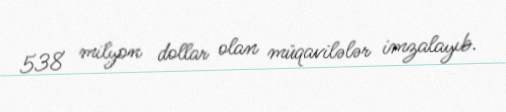
538 milyon dollar olan müqavilələr imzalayıb.